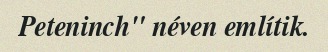
Peteninch" néven említik.